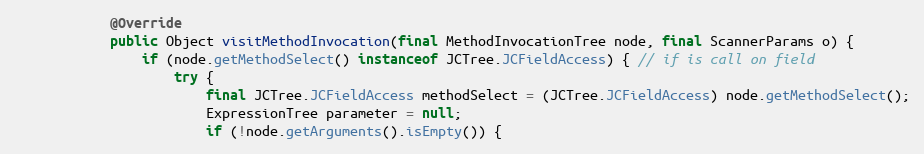
Language: Java
            @Override
            public Object visitMethodInvocation(final MethodInvocationTree node, final ScannerParams o) {
                if (node.getMethodSelect() instanceof JCTree.JCFieldAccess) { // if is call on field
                    try {
                        final JCTree.JCFieldAccess methodSelect = (JCTree.JCFieldAccess) node.getMethodSelect();
                        ExpressionTree parameter = null;
                        if (!node.getArguments().isEmpty()) {